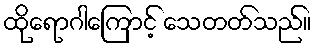
ထိုရောဂါကြောင့် သေတတ်သည်။